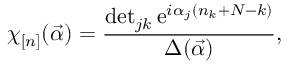
\chi _ { [ n ] } ( \vec { \alpha } ) = \frac { \operatorname * { d e t } _ { j k } \mathrm { e } ^ { i \alpha _ { j } ( n _ { k } + N - k ) } } { \Delta ( \vec { \alpha } ) } ,